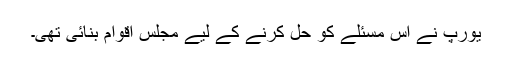
یورپ نے اس مسئلے کو حل کرنے کے لیے مجلس اقوام بنائی تھی۔